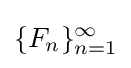
\{F_{n}\}_{n=1}^{\infty }